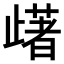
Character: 𣦡